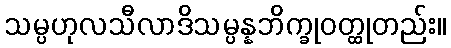
သမ္ပဟုလသီလာဒိသမ္ပန္နဘိက္ခုဝတ္ထုတည်း။